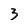
Character: 3